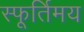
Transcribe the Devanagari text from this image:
स्फूर्तिमय